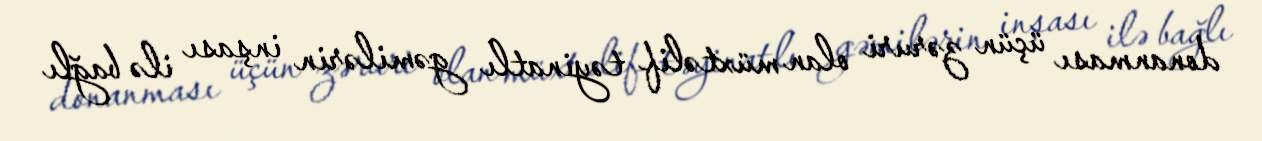
donanması üçün zəruri olan müxtəlif təyinatlı gəmilərin inşası ilə bağlı